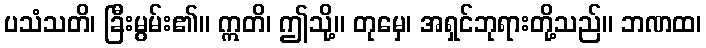
ပသံသတိ၊ ခြီးမွမ်း၏။ ဣတိ၊ ဤသို့။ တုမှေ၊ အရှင်ဘုရားတို့သည်။ ဘဏထ၊